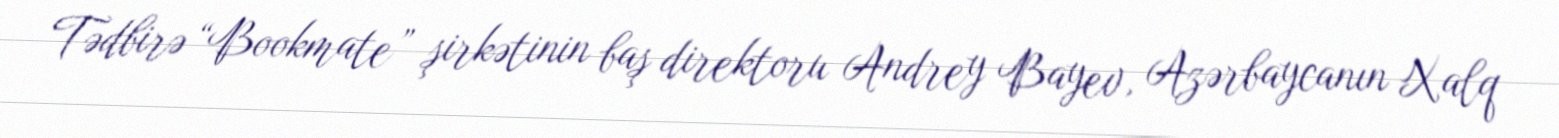
Tədbirə “Bookmate” şirkətinin baş direktoru Andrey Bayev, Azərbaycanın Xalq